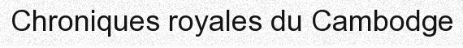
Chroniques royales du Cambodge